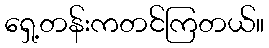
ရှေ့တန်းကတင်ကြတယ်။